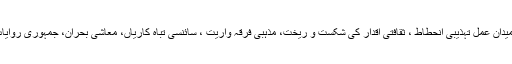
علامہ محمد یوسف جبریل کا میدان عمل تہذیبی انحطاط ، ثقافتی اقدار کی شکست و ریخت، مذہبی فرقہ واریت ، سائنسی تباہ کاریاں، معاشی بحران، جمہوری روایات کی پامالی، فتنہ دجالیت ہی۔